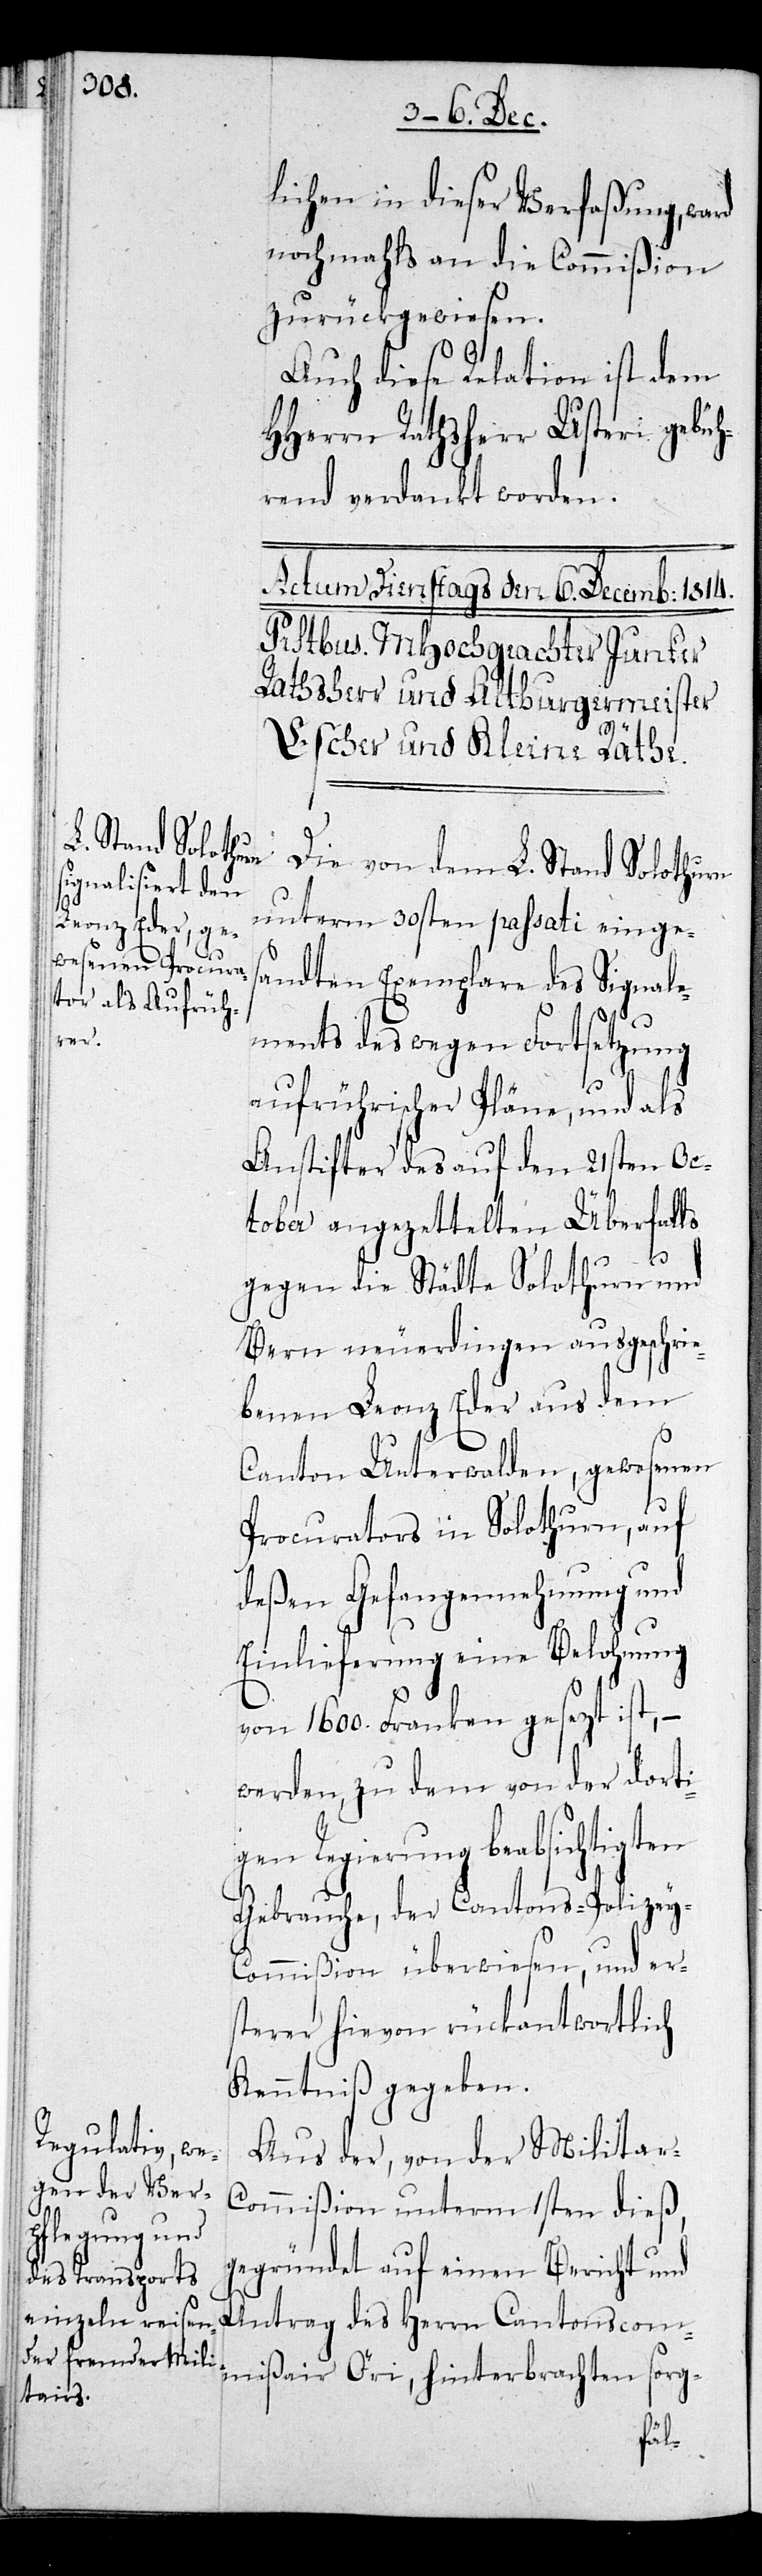
lichen in dieser Verfaßung, ward
nochmals an die Commißion
zurückgewiesen.
Auch diese Relation ist dem
HHerrn Rathsherr Usteri gebüh¬
rend verdankt worden.
Die von dem L. Stand Solothurn
unterm 30sten passati einges¬
andten Exemplare des Signale¬
ments des wegen Fortsetzung
aufrührischer Pläne, und als
Anstifter des auf den 21sten Oc¬
tober angezettelten Überfalls
gegen die Städte Solothurn und
Bern neuerdingen ausgeschrie¬
benen Leonz Eder aus dem
Canton Unterwalden, gewesenen
Procurators in Solothurn, auf
deßen Gefangennehmung und
Einlieferung eine Belohnung
von 1600. Franken gesezt ist, –
werden zu dem von der dorti¬
gen Regierung beabsichtigten
Gebrauche, der Cantons-Polizey-C¬
ommißion überwiesen, und er¬
sterer hievon rückantwortlich
Kenntniß gegeben.
Aus der, von der Militar-C¬
ommißion unterm 1sten dieß,
gegründet auf einen Bericht und
Antrag des Herrn Cantonscom¬
mißair Öri, hinterbrachten sorg-